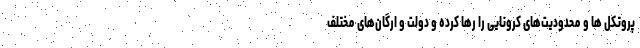
پروتکل ها و محدودیت‌های کرونایی را رها کرده و دولت و ارگان‌های مختلف